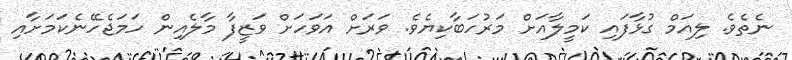
ނެތެވެ. ލިއަމް ގުޅާފައި ކަމީލާއަށް މަރުހަބާކިޔެވެ. ވަރަށް އަވަހަށް ވަޒީފާ މާލެއިން ހަމަޖެހޭނެކަމަށާއި